38_143685_box_Incident_Summaries_173-233
Agency: Department of War
Page 30
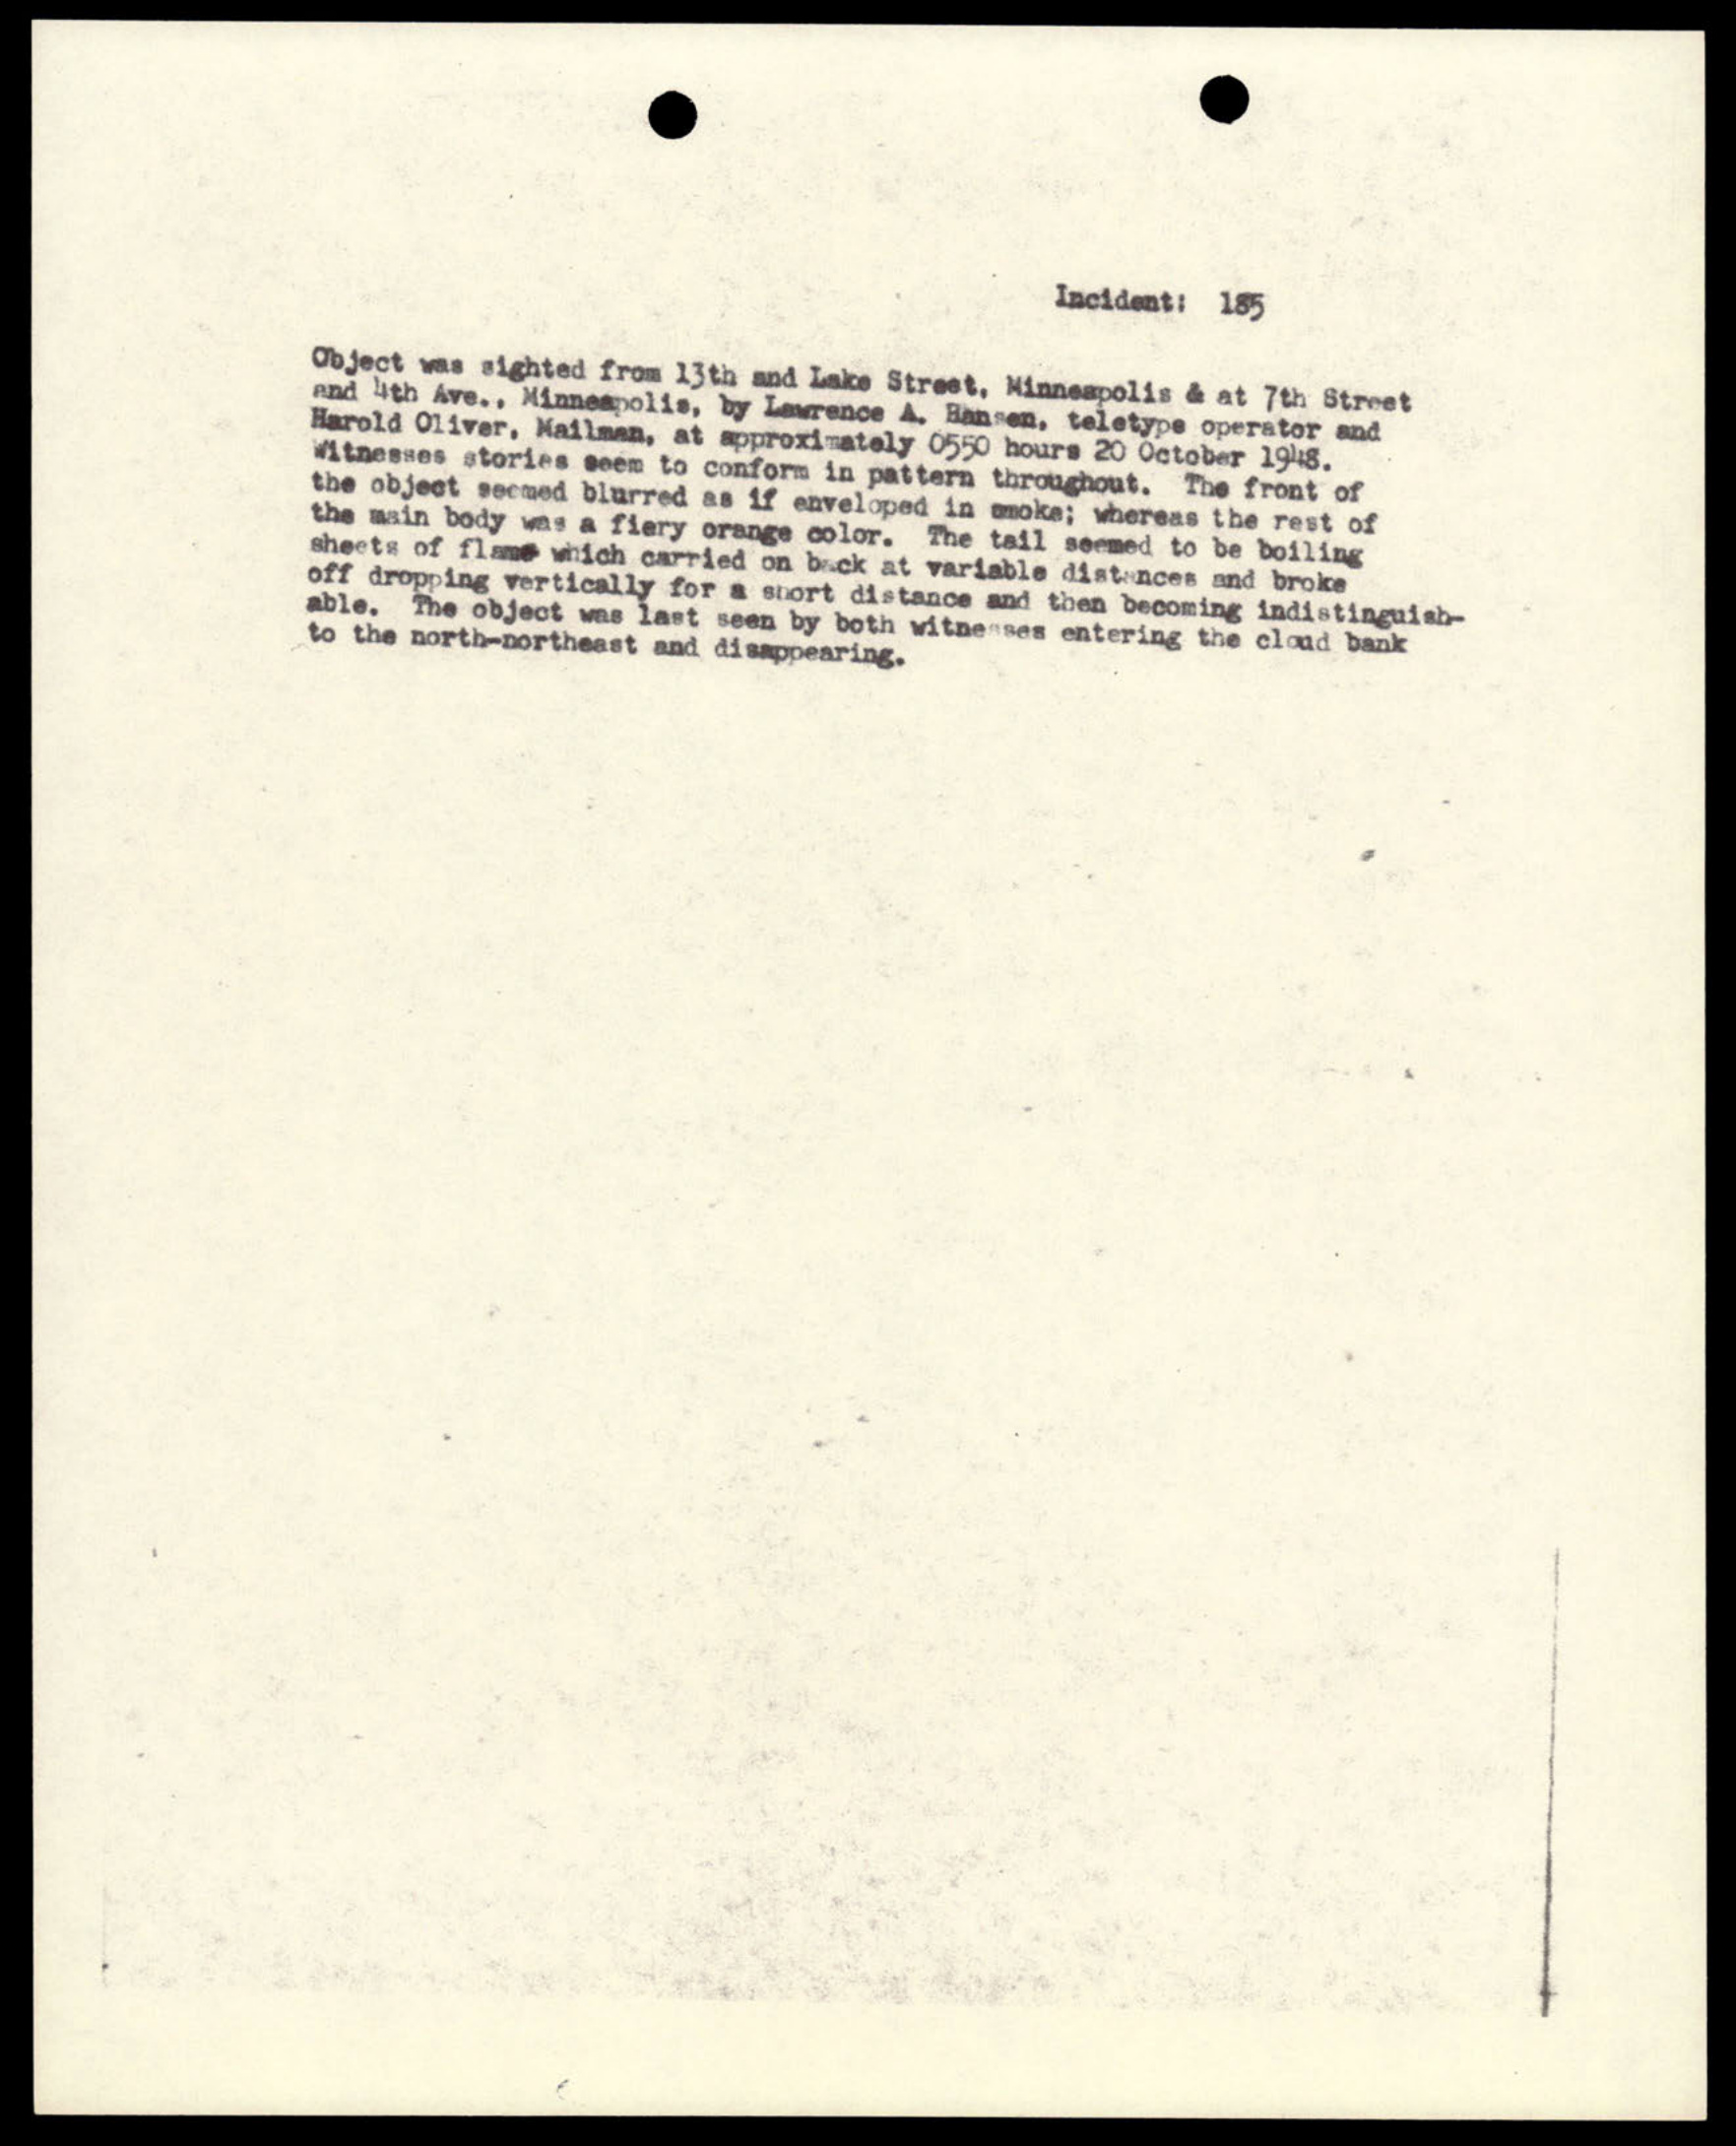